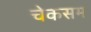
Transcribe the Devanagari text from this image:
चेकसम